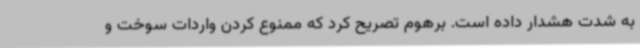
به شدت هشدار داده است. برهوم تصریح کرد که ممنوع کردن واردات سوخت و